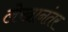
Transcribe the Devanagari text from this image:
लेखानंतर